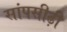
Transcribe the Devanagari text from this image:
सांपसीढ़ी